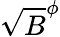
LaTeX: \sqrt{B}^{\phi}